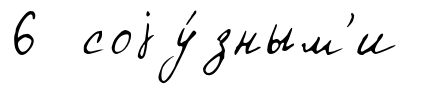
6 соjу́зным'и